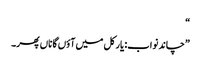
“
”چاند نواب: یار کل میں آؤں گا ناں پھر۔